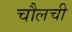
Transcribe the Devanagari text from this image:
चौलची